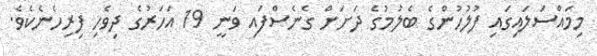
މިމައްސަލައިގައި ފުލުހުންގެ ބެލުމުގެ ދަށަށް ގެނެސްފައި ވަނީ 19 އަހަރުގެ ދިވެހި ފިރިހެނެކެވެ.